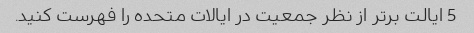
5 ایالت برتر از نظر جمعیت در ایالات متحده را فهرست کنید.